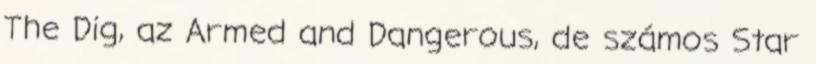
The Dig, az Armed and Dangerous, de számos Star